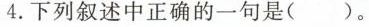
4.下列叙述中正确的一句是( )。